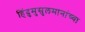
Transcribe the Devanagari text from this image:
हिंदुमुसुलमानांच्या